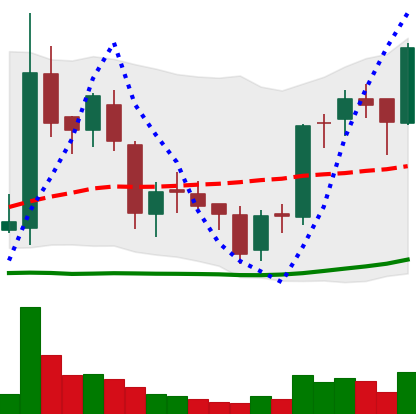
Ticker: BNB-USD
Chart end date: 2018-06-05
Forward return: -9.072%
Label: down_7plus